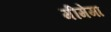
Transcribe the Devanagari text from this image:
मीमेमा